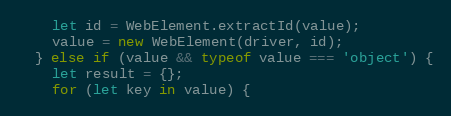
Language: JavaScript
    let id = WebElement.extractId(value);
    value = new WebElement(driver, id);
  } else if (value && typeof value === 'object') {
    let result = {};
    for (let key in value) {